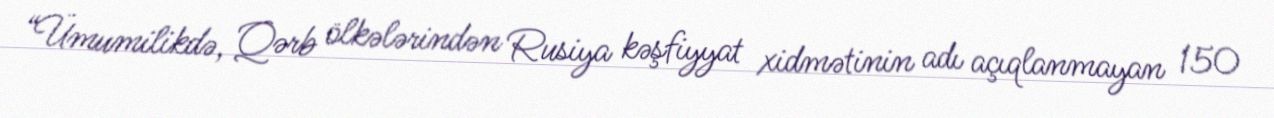
“Ümumilikdə, Qərb ölkələrindən Rusiya kəşfiyyat xidmətinin adı açıqlanmayan 150